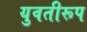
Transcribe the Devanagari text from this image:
युवतीरूप